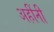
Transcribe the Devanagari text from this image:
अहींनी